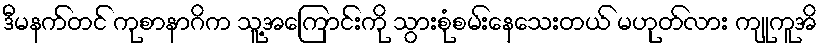
ဒီမနက်တင် ကုစာနာဂိက သူ့အကြောင်းကို သွားစုံစမ်းနေသေးတယ် မဟုတ်လား ကျုကူအိ